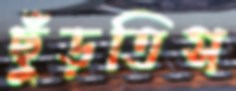
ছুঁড়তিস